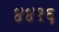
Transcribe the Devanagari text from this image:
४४१६